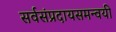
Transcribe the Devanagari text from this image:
सर्वसंप्रदायसमन्वयी